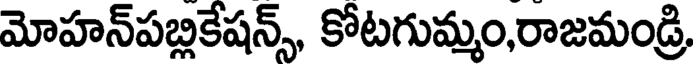
మోహన్పబ్లికేషన్స్, కోటగుమ్మం,రాజమండ్రి,